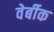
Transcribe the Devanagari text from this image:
वेर्बीक